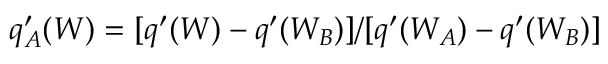
q _ { A } ^ { \prime } ( W ) = [ q ^ { \prime } ( W ) - q ^ { \prime } ( W _ { B } ) ] / [ q ^ { \prime } ( W _ { A } ) - q ^ { \prime } ( W _ { B } ) ]